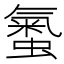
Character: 𧏨